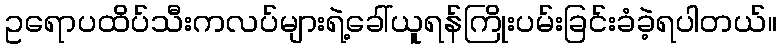
ဥရောပထိပ်သီးကလပ်များရဲ့ခေါ်ယူရန်ကြိုးပမ်းခြင်းခံခဲ့ရပါတယ်။